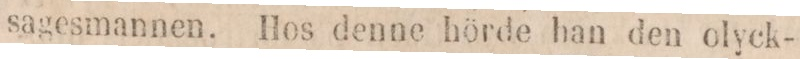
sagesmannen. Hos denne hörde han den olyck-